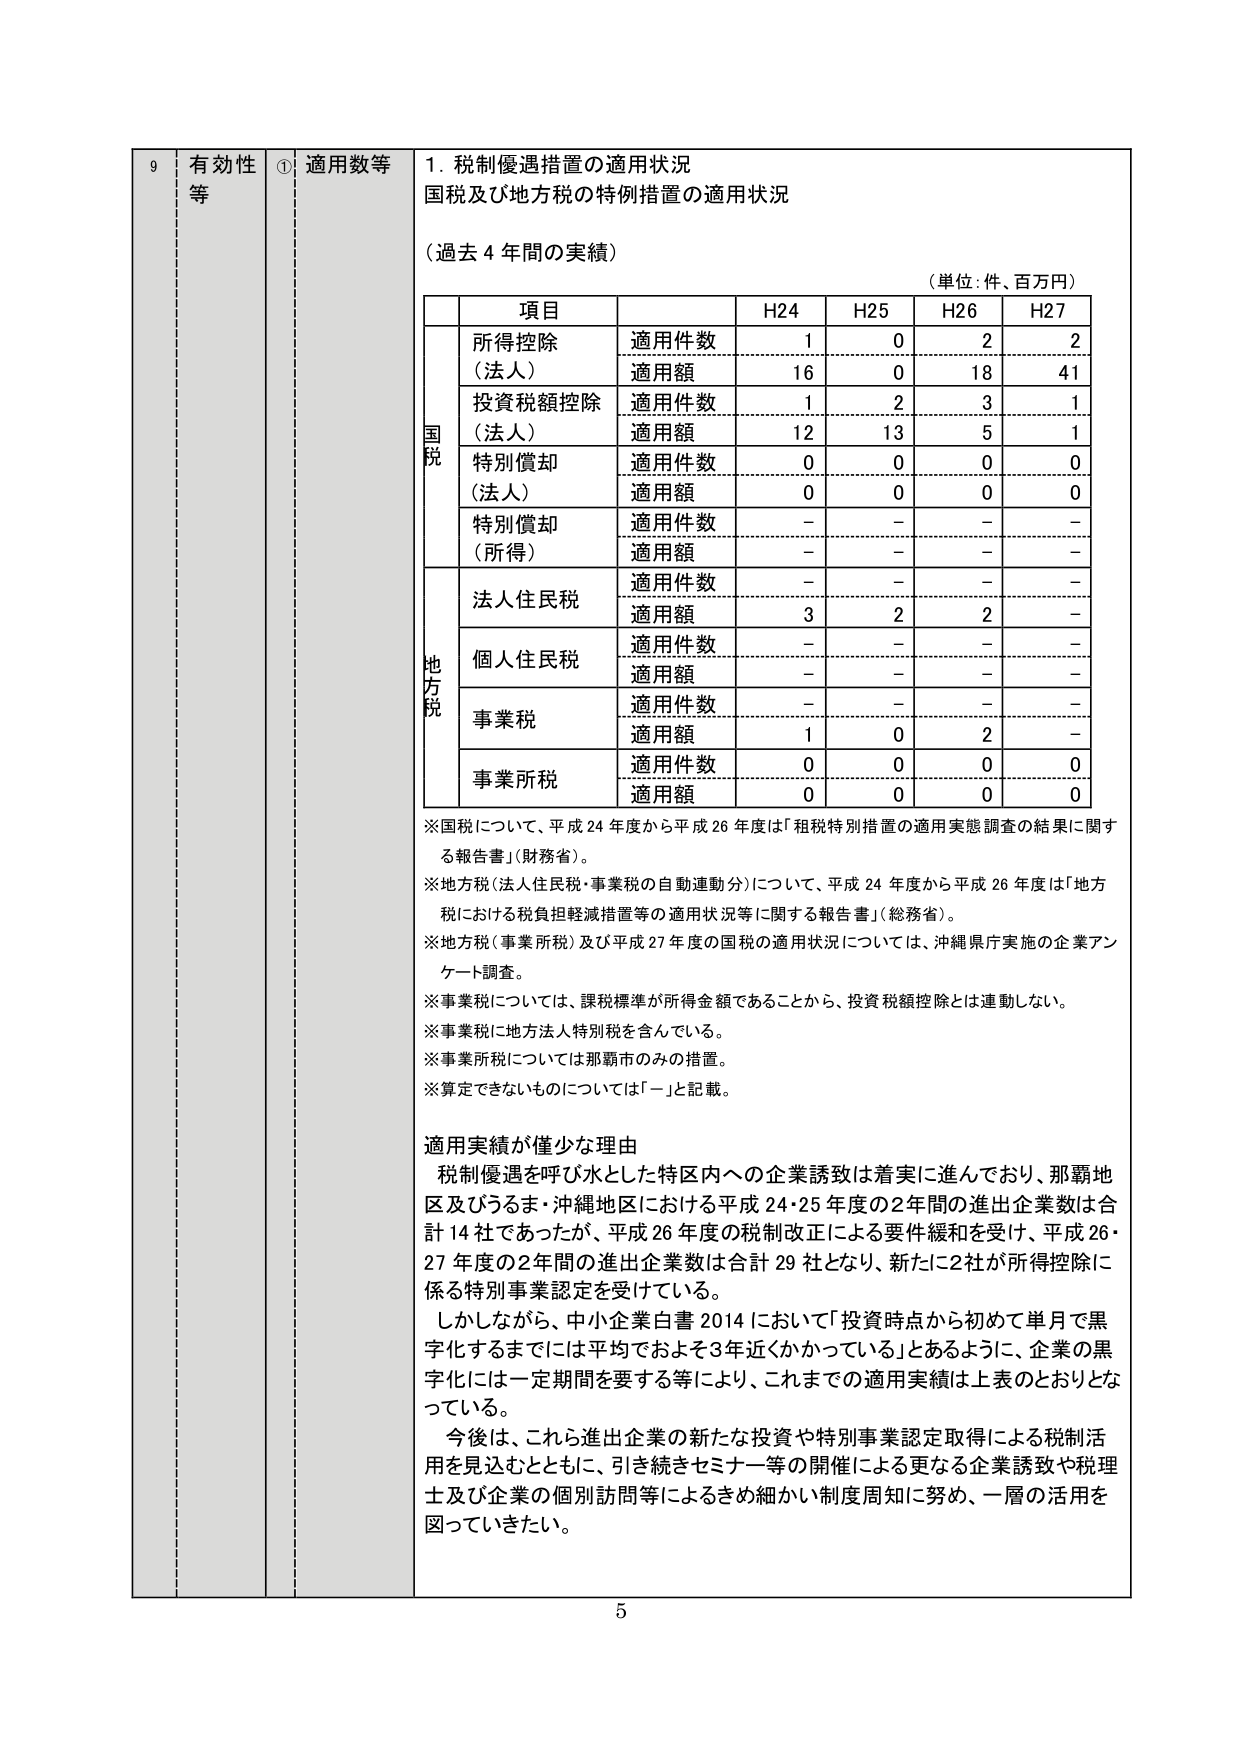
9 有効性等 ① 適用数等 1. 税制優遇措置の適用状況 国税及び地方税の特例措置の適用状況 （過去4年間の実績） （単位：件、百万円） 項目 H24 H25 H26 H27 国税 所得控除（法人） 適用件数 1 0 2 2 適用額 16 0 18 41 投資税額控除（法人） 適用件数 1 2 3 1 適用額 12 13 5 1 特別償却（法人） 適用件数 0 0 0 0 適用額 0 0 0 0 特別償却（所得） 適用件数 - - - - 適用額 - - - - 地方税 法人住民税 適用件数 - - - - 適用額 3 2 2 - 個人住民税 適用件数 - - - - 適用額 - - - - 事業税 適用件数 - - - - 適用額 1 0 2 - 事業所税 適用件数 0 0 0 0 適用額 0 0 0 0 ※国税について、平成24年度から平成26年度は「租税特別措置の適用実態調査の結果に関する報告書」（財務省）。 ※地方税（法人住民税・事業税の自動連動分）について、平成24年度から平成26年度は「地方税における税負担軽減措置等の適用状況等に関する報告書」（総務省）。 ※地方税（事業所税）及び平成27年度の国税の適用状況については、沖縄県庁実施の企業アンケート調査。 ※事業税については、課税標準が所得金額であることから、投資税額控除とは連動しない。 ※事業税に地方法人特別税を含んでいる。 ※事業所税については那覇市のみの措置。 ※算定できないものについては「-」と記載。 適用実績が僅少な理由 税制優遇を呼び水とした特区内への企業誘致は着実に進んでおり、那覇地区及びうるま・沖縄地区における平成24・25年度の2年間の進出企業数は合計14社であったが、平成26年度の税制改正による要件緩和を受け、平成26・27年度の2年間の進出企業数は合計29社となり、新たに2社が所得控除に係る特別事業認定を受けている。 しかしながら、中小企業白書2014において「投資時点から初めて単月で黒字化するまでには平均でおよそ3年近くかかっている」とあるように、企業の黒字化には一定期間を要する等により、これまでの適用実績は上表のとおりとなっている。 今後は、これら進出企業の新たな投資や特別事業認定取得による税制活用を見込むとともに、引き続きセミナー等の開催による更なる企業誘致や税理士及び企業の個別訪問等によるきめ細かい制度周知に努め、一層の活用を図っていきたい。 5